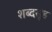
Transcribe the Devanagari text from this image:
शब्दसूड